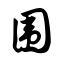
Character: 围